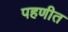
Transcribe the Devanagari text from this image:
पहणीत